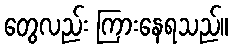
တွေလည်း ကြားနေရသည်။